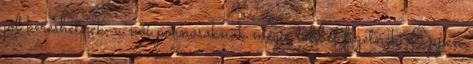
jól kereshetnek, a női pornósoknak mégis többet fizetnek. Éppen